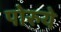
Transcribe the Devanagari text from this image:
पोरुये